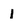
Character: 1